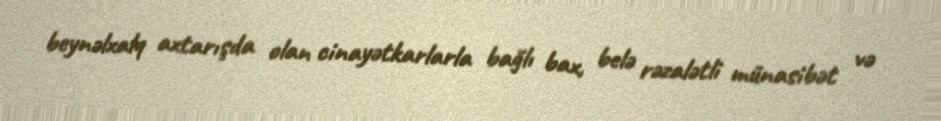
beynəlxalq axtarışda olan cinayətkarlarla bağlı bax, belə rəzalətli münasibət və